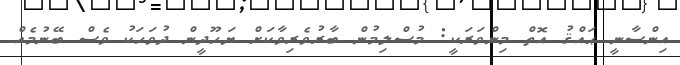
އިންސާނީ ޙައްޤު އޮތް މިންވަރަކީ: މުސްލިމުން ބާރުވެރިވާކަށް ޔަހޫދީން ދުވަހަކު ވެސް ބޭނުމެއް